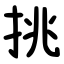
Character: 挑